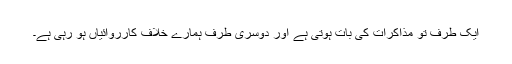
ایک طرف تو مذاكرات کی بات ہوتی ہے اور دوسری طرف ہمارے خلاف کارروائیاں ہو رہی ہے۔